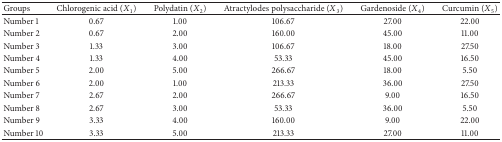
| Groups | Chlorogenic acid (X1) | Polydatin (X2) | Atractylodes polysaccharide (X3) | Gardenoside (X4) | Curcumin (X5) |
 | --- | --- | --- | --- | --- | --- |
 | Number 1 | 0.67 | 1.00 | 106.67 | 27.00 | 22.00 |
 | Number 2 | 0.67 | 2.00 | 160.00 | 45.00 | 11.00 |
 | Number 3 | 1.33 | 3.00 | 106.67 | 18.00 | 27.50 |
 | Number 4 | 1.33 | 4.00 | 53.33 | 45.00 | 16.50 |
 | Number 5 | 2.00 | 5.00 | 266.67 | 18.00 | 5.50 |
 | Number 6 | 2.00 | 1.00 | 213.33 | 36.00 | 27.50 |
 | Number 7 | 2.67 | 2.00 | 266.67 | 9.00 | 16.50 |
 | Number 8 | 2.67 | 3.00 | 53.33 | 36.00 | 5.50 |
 | Number 9 | 3.33 | 4.00 | 160.00 | 9.00 | 22.00 |
 | Number 10 | 3.33 | 5.00 | 213.33 | 27.00 | 11.00 |